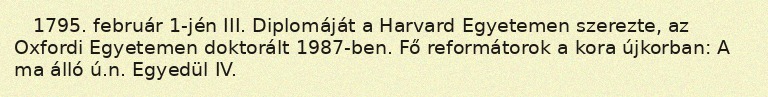
1795. február 1-jén III. Diplomáját a Harvard Egyetemen szerezte, az Oxfordi Egyetemen doktorált 1987-ben. Fő reformátorok a kora újkorban: A ma álló ú.n. Egyedül IV.